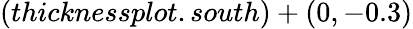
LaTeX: (thicknessplot.south)+(0,-0.3)